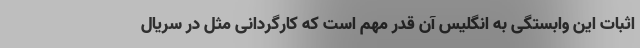
اثبات این وابستگی به انگلیس آن قدر مهم است که کارگردانی مثل در سریال